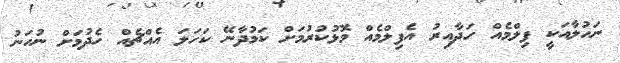
ނަހުލާއަކީ ފިލްމެއް ހަދާއިރު އެފިލްމެއް މޮޅުކުރުމަށް ކަމުދާނޭ ކަހަލަ އެއްޗެއް ހެދުމަށް ނުހަނު